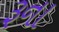
રૂના